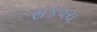
સકવચ